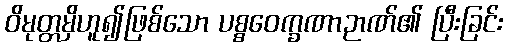
ဝိမုတ္တမှိဟူ၍ဖြစ်သော ပစ္စဝေက္ခဏာဉာဏ်၏ ပြီးခြင်း